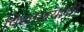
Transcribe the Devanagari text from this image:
विद्यालयांची